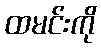
ထမင်းကို